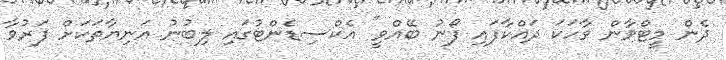
ދެން މީޓްވާން ވާހަކަ ދައްކާފައި ފޯނު ބޭއްވީ" އެކްސިޑެންޓުގައި ލިބުނު އަނިޔާތަކަށް ފަރުވާ